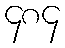
၄၈၄